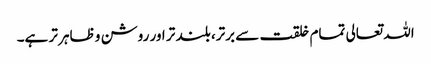
اللہ تعالی تمام خلقت سے برتر، بلند تر اور روشن و ظاہر تر ہے۔